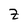
Character: Z